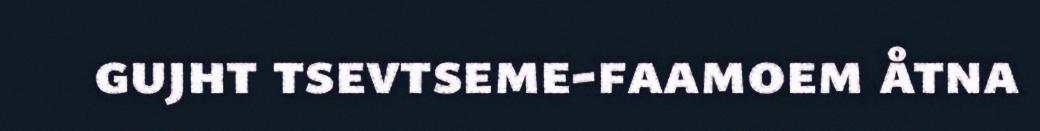
gujht tsevtseme-faamoem åtna